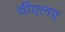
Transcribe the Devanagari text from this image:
वीएलए